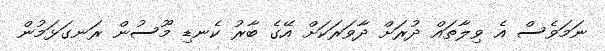
ނަމަވެސް އެ ވިލާތައް ދުރަށް ދާވަރަކަށް އޭގެ ބާރު ކެނޑި މޫސުން ރަނގަޅަމުން